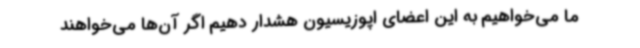
ما می‌خواهیم به این اعضای اپوزیسیون هشدار دهیم اگر آن‌ها می‌خواهند